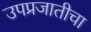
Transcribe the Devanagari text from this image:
उपप्रजातीचा